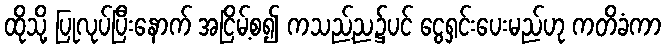
ထိုသို့ ပြုလုပ်ပြီးနောက် အငြိမ့်စ၍ ကသည့်ည၌ပင် ငွေရှင်းပေးမည်ဟု ကတိခံကာ